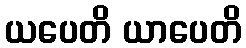
ယပေတိ ယာပေတိ